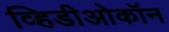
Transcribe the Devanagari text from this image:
व्हिडीओकॉन